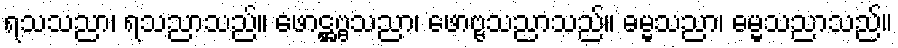
ရသသညာ၊ ရသညာသည်။ ဖောဋ္ဌဗ္ဗသညာ၊ ဖောဗ္ဗသညာသည်။ ဓမ္မသညာ၊ ဓမ္မသညာသည်။